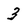
Character: 3